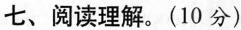
七、阅读理解。(10 分)